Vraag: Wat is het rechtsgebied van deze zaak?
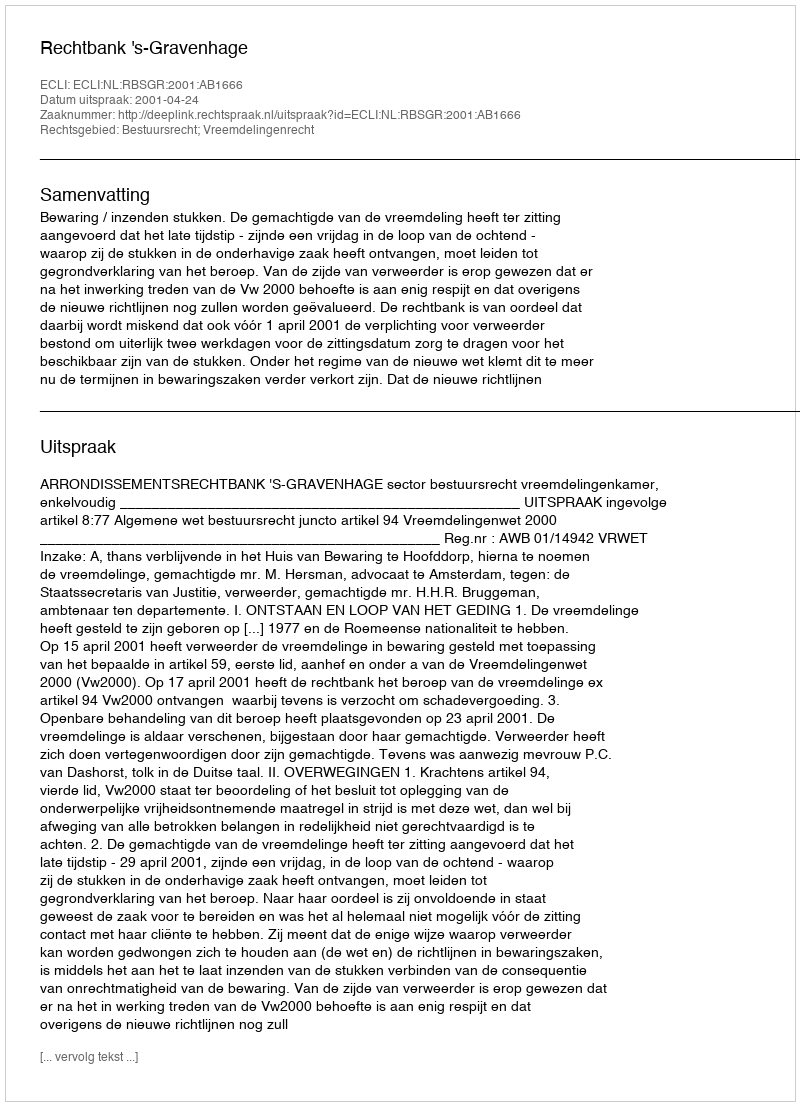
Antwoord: Bestuursrecht; Vreemdelingenrecht